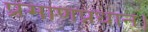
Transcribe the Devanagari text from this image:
प्रमाणप्रधान।